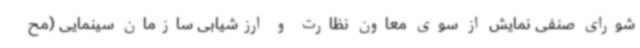
شورای صنفی نمایش از سوی معاون نظارت و ارزشیابی سازمان سینمایی (مح